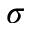
\sigma